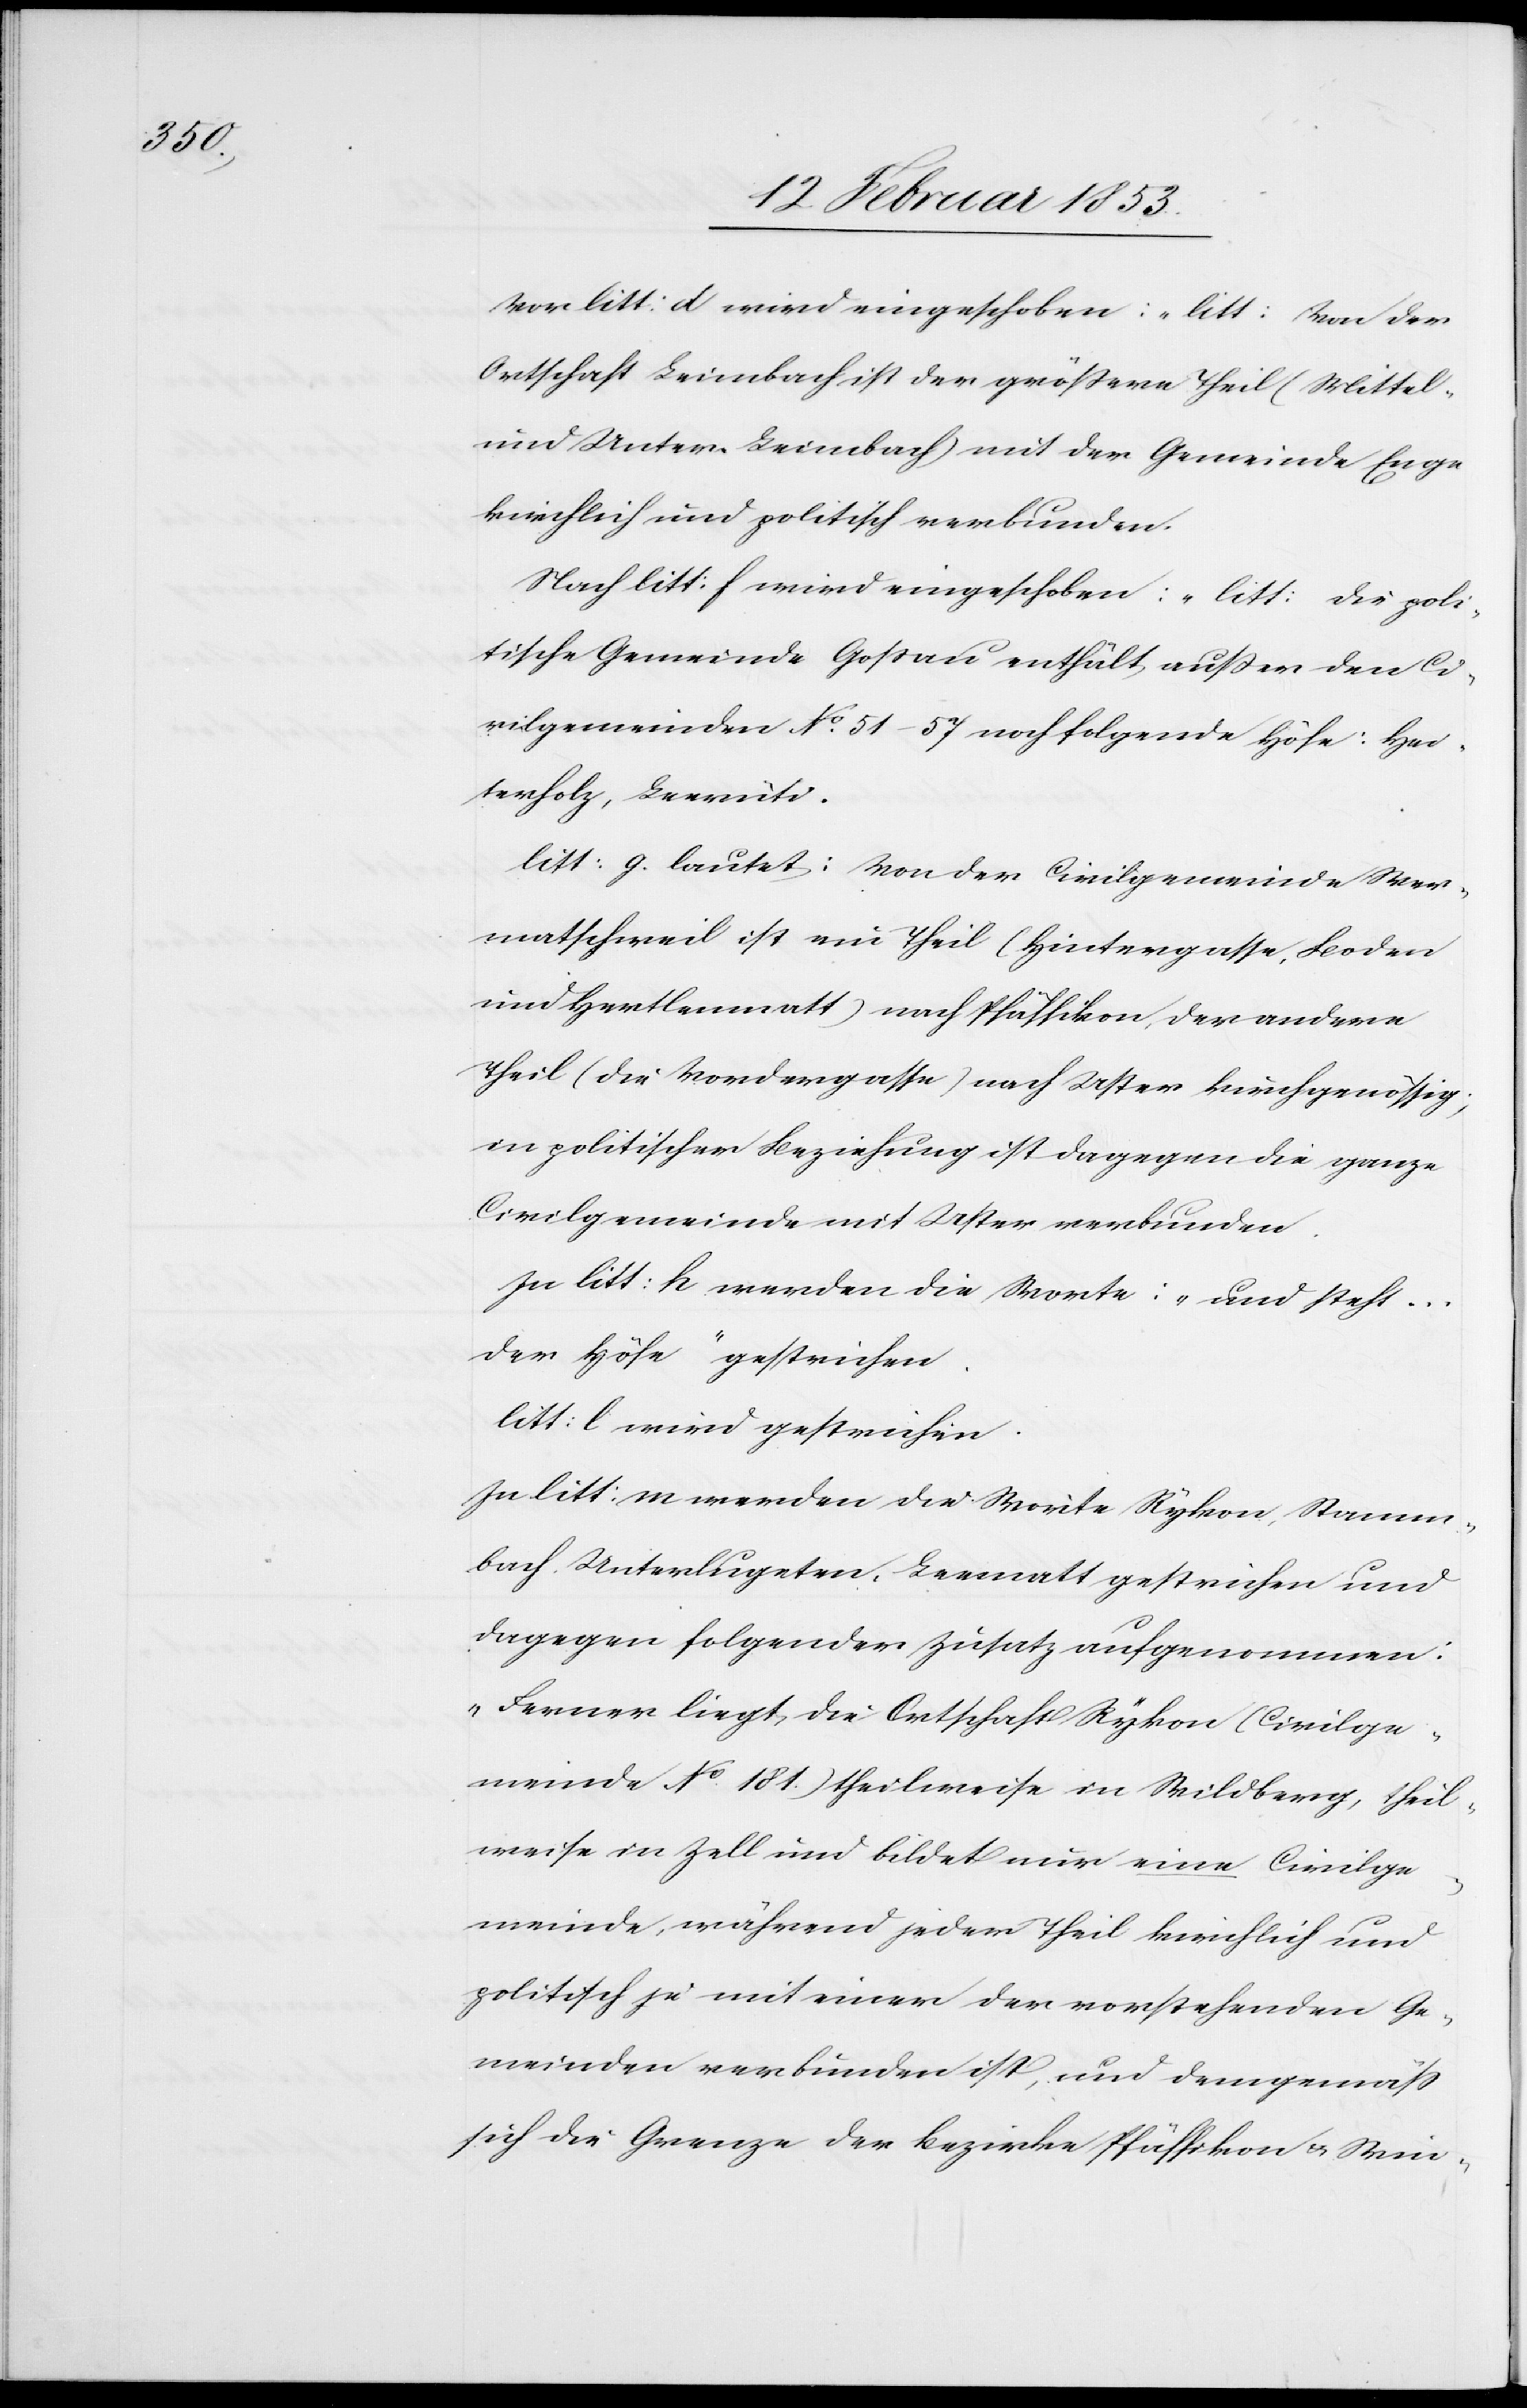
Vor litt: d wird eingeschoben: „litt: Von der
Ortschaft Leimbach ist der größere Theil (Mittel-
und Unter-Leimbach) mit der Gemeinde Enge
kirchlich und politisch verbunden.
Nach litt: f wird eingeschoben: „litt: Die poli¬
tische Gemeinde Goßau enthält, außer den Ci¬
vilgemeinden No. 51–57 noch folgende Höfe: Hei¬
terholz, Leerüti.
litt: g. lautet: Von der Civilgemeinde Wer¬
matschweil ist ein Theil (Hintergasse, Leoden
und Herthlenmatt) nach Pfäffikon, der andere
Theil (die Vordergasse) nach Uster kirchgenössig;
in politischer Beziehung ist dagegen die ganze
Civilgemeinde mit Uster verbunden.
In litt: H werden die Worte: „und steht…d¬
er Höfe“ gestrichen.
litt: l. wird gestrichen.
In litt: m werden die Worte Rykon, Stamm¬
bach, Unterlugeten, Leematt gestrichen und
dagegen folgender Zusatz aufgenommen:
„Ferner liegt, die Ortschaft Rykon (Civilge¬
meinde No. 181) theilweise in Wildberg, theil¬
weise in Zell und bildet nur eine Civilge¬
meinde, während jeder Theil kirchlich und
politisch ja mit einer der vorstehenden Ge¬
meinden verbunden ist, und demgemäß
sich die Grenze der Bezirke Pfäffikon u. Win-